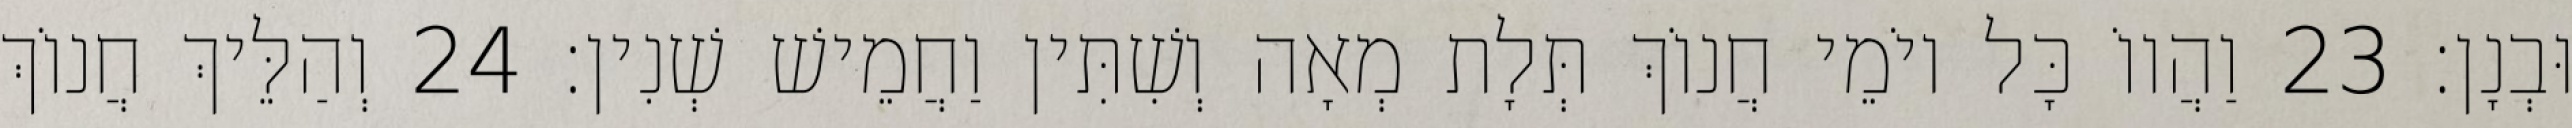
וּבְנָן׃ 23 וַהֲווֹ כָּל יוֹמֵי חֲנוֹךְ תְּלָת מְאָה וְשִׁתִּין וַחֲמֵישׁ שְׁנִין׃ 24 וְהַלֵּיךְ חֲנוֹךְ